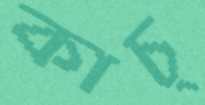
কাচ্‌